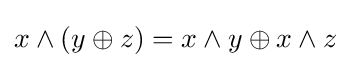
x\land (y\oplus z)=x\land y\oplus x\land z